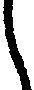
し